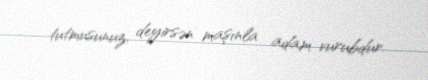
tutmusunuz, deyirsən maşınla adam vurubdur.